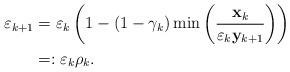
LaTeX: \begin{align*}\varepsilon _{k+1}& =\varepsilon _{k}\left( 1-\left( 1-\gamma_k\right) \min\left( \frac{\mathbf{x}_{k}}{\varepsilon _{k}\mathbf{y}_{k+1}}\right) \right) \\& =:\varepsilon _{k}\rho _{k}. \end{align*}